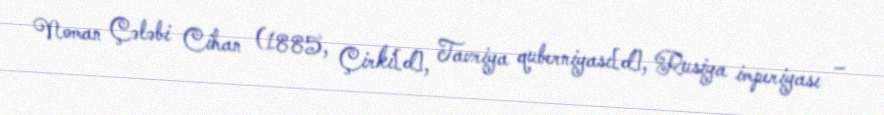
Noman Çələbi Cihan (1885, Çirki[d], Tavriya quberniyası[d], Rusiya imperiyası –